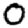
Digit: 0